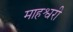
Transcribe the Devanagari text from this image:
माहश्वरी